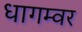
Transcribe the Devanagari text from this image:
धागम्वर